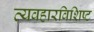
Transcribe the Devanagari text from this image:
व्यवहारविशिष्ट